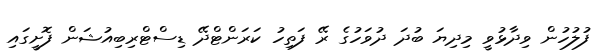
ފުލުހުން ވިދާޅުވީ މިދިޔަ ބުދަ ދުވަހުގެ ރޭ ފަތިހު ކަރަންޓްދޭ ޑިސްޓްރިބިއުޝަން ފޮށީގައި